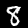
Digit: 8